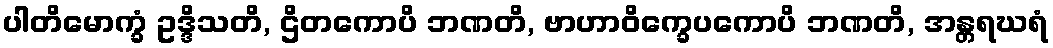
ပါတိမောက္ခံ ဥဒ္ဒိသတိ, ဌိတကောပိ ဘဏတိ, ဗာဟာဝိက္ခေပကောပိ ဘဏတိ, အန္တရဃရံ